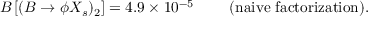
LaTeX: { \cal B } \left[ ( B \to \phi X _ { s } ) _ { 2 } \right] = 4 . 9 \times 1 0 ^ { - 5 } ~ ~ ~ ~ ~ ~ ~ \mathrm { ( n a i v e ~ f a c t o r i z a t i o n ) . }